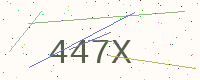
Text: 447X